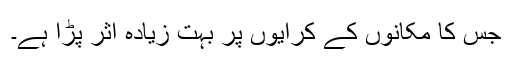
جس کا مکانوں کے کرایوں پر بہت زیادہ اثر پڑا ہے۔